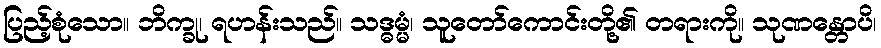
ပြည့်စုံသော။ ဘိက္ခု၊ ရဟန်းသည်။ သဒ္ဓမ္မံ၊ သူတော်ကောင်းတို့၏ တရားကို။ သုဏန္တောပိ၊